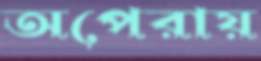
অপেরায়